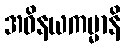
အဝိနယကမ္မာနိ